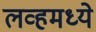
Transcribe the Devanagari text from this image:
लव्हमध्ये